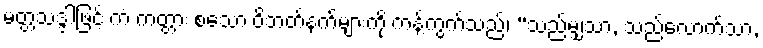
မတ္တသဒ္ဒါဖြင့် ကံ ကတ္တား စသော ဝိဘတ်နက်များကို ကန့်ကွက်သည်၊ “သည်မျှသာ, သည်လောက်သာ,